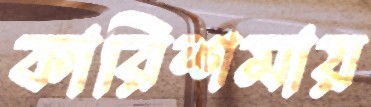
কারিশমায়